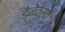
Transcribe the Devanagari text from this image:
डैनेवर्क